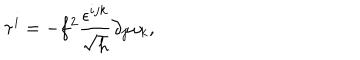
LaTeX: \tau ^ { i } = - f ^ { 2 } \frac { \epsilon ^ { i j k } } { \sqrt { h } } \partial _ { j } \omega _ { k } ,